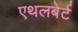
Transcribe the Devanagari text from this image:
एथलबेर्ट